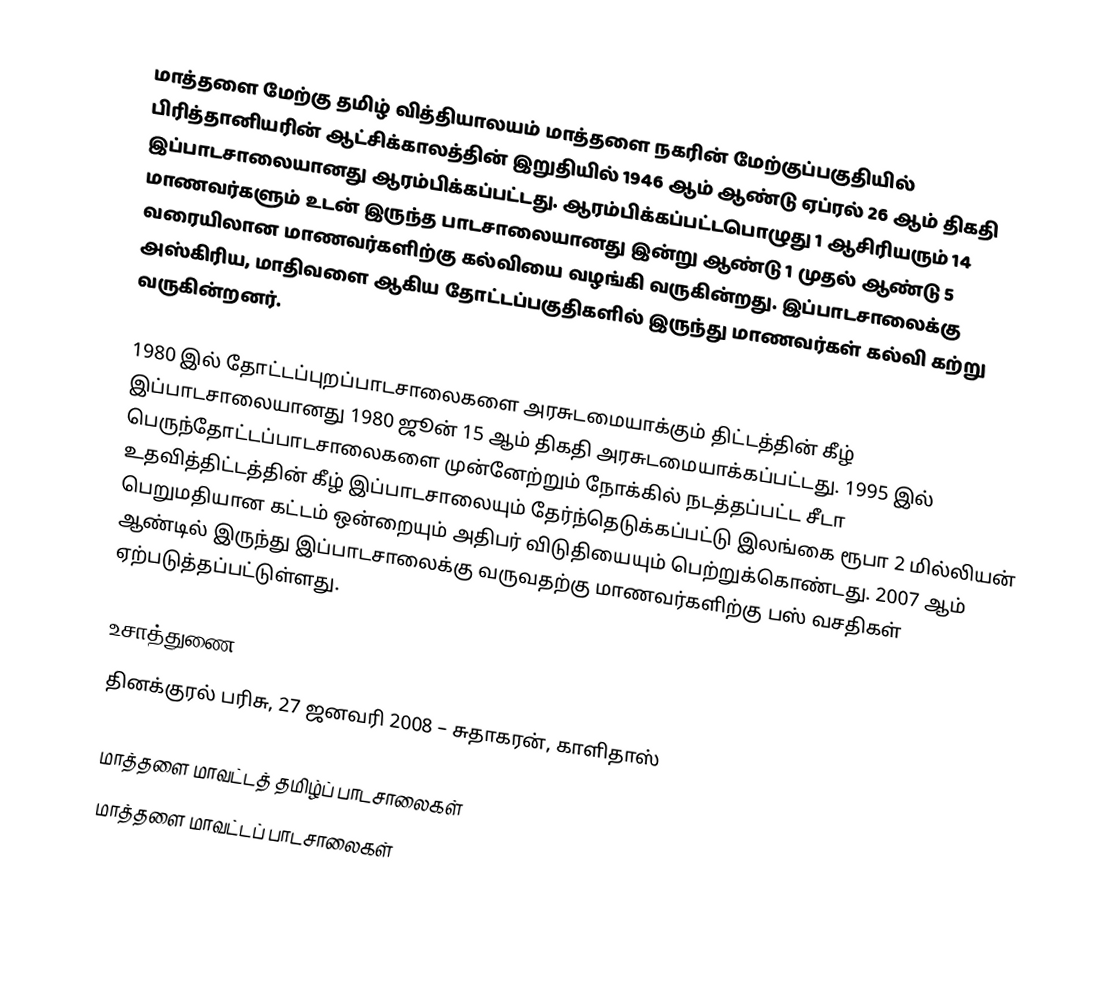
மாத்தளை மேற்கு தமிழ் வித்தியாலயம் மாத்தளை நகரின் மேற்குப்பகுதியில் பிரித்தானியரின் ஆட்சிக்காலத்தின் இறுதியில் 1946 ஆம் ஆண்டு ஏப்ரல் 26 ஆம் திகதி இப்பாடசாலையானது ஆரம்பிக்கப்பட்டது. ஆரம்பிக்கப்பட்டபொழுது 1 ஆசிரியரும் 14 மாணவர்களும் உடன் இருந்த பாடசாலையானது இன்று ஆண்டு 1 முதல் ஆண்டு 5 வரையிலான மாணவர்களிற்கு கல்வியை வழங்கி வருகின்றது. இப்பாடசாலைக்கு அஸ்கிரிய, மாதிவளை ஆகிய தோட்டப்பகுதிகளில் இருந்து மாணவர்கள் கல்வி கற்று வருகின்றனர்.

1980 இல் தோட்டப்புறப்பாடசாலைகளை அரசுடமையாக்கும் திட்டத்தின் கீழ் இப்பாடசாலையானது 1980 ஜூன் 15 ஆம் திகதி அரசுடமையாக்கப்பட்டது. 1995 இல் பெருந்தோட்டப்பாடசாலைகளை முன்னேற்றும் நோக்கில் நடத்தப்பட்ட சீடா உதவித்திட்டத்தின் கீழ் இப்பாடசாலையும் தேர்ந்தெடுக்கப்பட்டு இலங்கை ரூபா 2 மில்லியன் பெறுமதியான கட்டம் ஒன்றையும் அதிபர் விடுதியையும் பெற்றுக்கொண்டது. 2007 ஆம் ஆண்டில் இருந்து இப்பாடசாலைக்கு வருவதற்கு மாணவர்களிற்கு பஸ் வசதிகள் ஏற்படுத்தப்பட்டுள்ளது.

உசாத்துணை
தினக்குரல் பரிசு, 27 ஜனவரி 2008 – சுதாகரன், காளிதாஸ்

மாத்தளை மாவட்டத் தமிழ்ப் பாடசாலைகள்
மாத்தளை மாவட்டப் பாடசாலைகள்